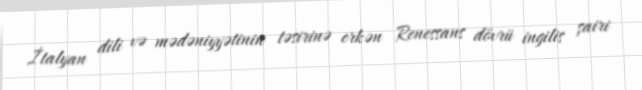
İtalyan dili və mədəniyyətinin təsirinə erkən Renessans dövrü ingilis şairi